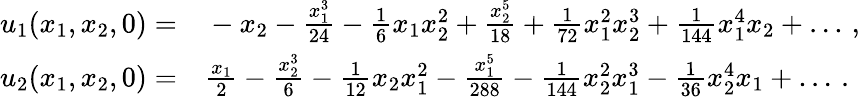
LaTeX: \begin{array}{rl}{u_{1}(x_{1},x_{2},0)=}&{{}-x_{2}-\frac{x_{1}^{3}}{24}-\frac{1}{6}x_{1}x_{2}^{2}+\frac{x_{2}^{5}}{18}+\frac{1}{72}x_{1}^{2}x_{2}^{3}+\frac{1}{144}x_{1}^{4}x_{2}+\dots\, ,}\\ {u_{2}(x_{1},x_{2},0)=}&{{}\frac{x_{1}}{2}-\frac{x_{2}^{3}}{6}-\frac{1}{12}x_{2}x_{1}^{2}-\frac{x_{1}^{5}}{288}-\frac{1}{144}x_{2}^{2}x_{1}^{3}-\frac{1}{36}x_{2}^{4}x_{1}+\dots\, .}\end{array}